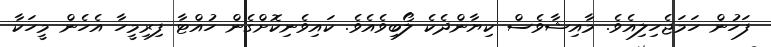
ފަހުން ހަމަޖެހިލިއެވެ. މާއިޝާވެސް ކިޔާންދެކެ ލޯބިވެއެވެ. ކައިވެނިކޮށްގެން ހުއްޓާ ފިރިމީހާ އެހެން މީހަކާ